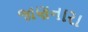
જાણનારા